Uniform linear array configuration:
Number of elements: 64
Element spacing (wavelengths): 0.5
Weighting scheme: kaiser
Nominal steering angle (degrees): -30
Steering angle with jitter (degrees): -29.366
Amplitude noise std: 0.05
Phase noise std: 0.05

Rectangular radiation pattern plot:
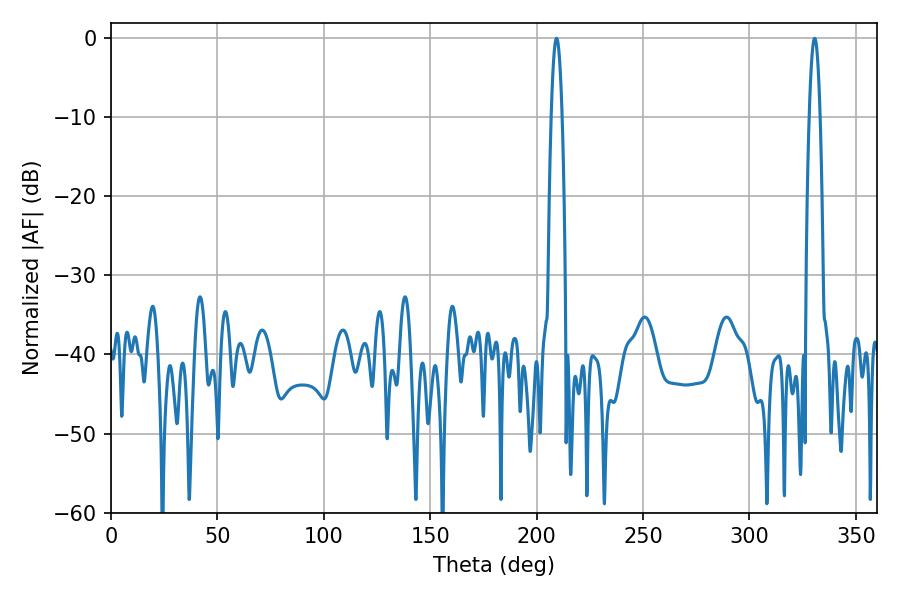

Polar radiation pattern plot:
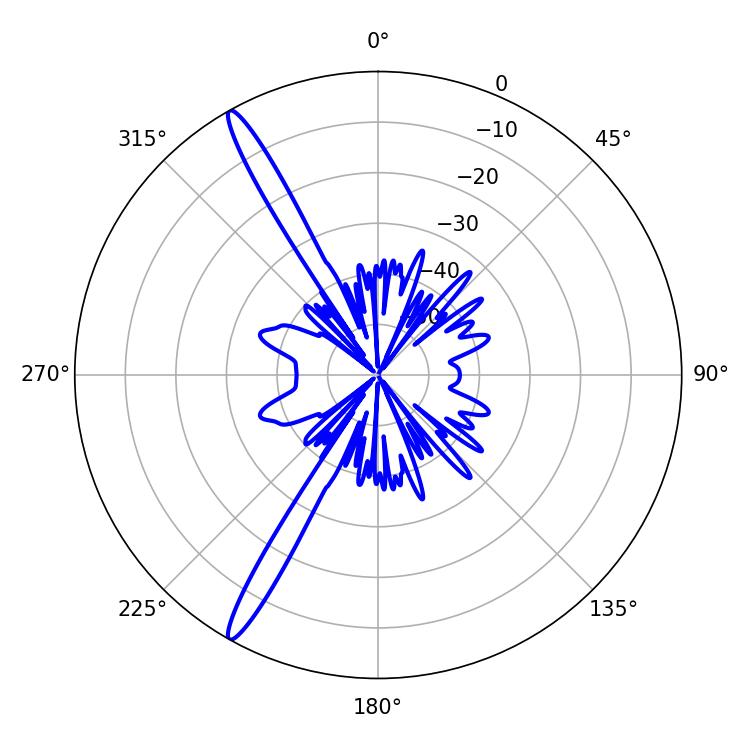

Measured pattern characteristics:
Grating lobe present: FALSE
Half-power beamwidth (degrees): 2.88
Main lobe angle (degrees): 209.34